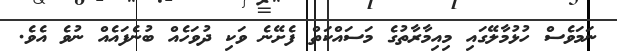
ނަމަވެސް ހުޅުމާލޭގައި މިއިމާރާތުގެ މަސައްކަތް ފެށޭނެ ވަކި ދުވަހެއް ބުނެފައެއް ނުވެ އެވެ.